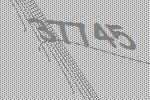
37745